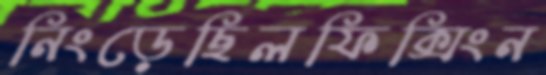
নিংড়েছিলফিক্সিংন